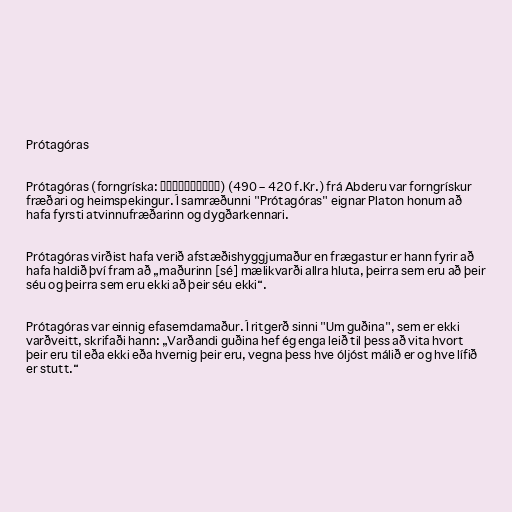
Prótagóras

Prótagóras (forngríska: Πρωταγόρας) (490 – 420 f.Kr.) frá Abderu var forngrískur
fræðari og heimspekingur. Í samræðunni "Prótagóras" eignar Platon honum að
hafa fyrsti atvinnufræðarinn og dygðarkennari.

Prótagóras virðist hafa verið afstæðishyggjumaður en frægastur er hann fyrir að
hafa haldið því fram að „maðurinn [sé] mælikvarði allra hluta, þeirra sem eru að þeir
séu og þeirra sem eru ekki að þeir séu ekki“.

Prótagóras var einnig efasemdamaður. Í ritgerð sinni "Um guðina", sem er ekki
varðveitt, skrifaði hann: „Varðandi guðina hef ég enga leið til þess að vita hvort
þeir eru til eða ekki eða hvernig þeir eru, vegna þess hve óljóst málið er og hve lífið
er stutt.“